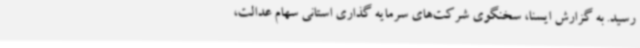
رسید. به گزارش ایسنا، سخنگوی شرکت‌های سرمایه گذاری استانی سهام عدالت،